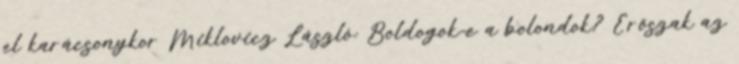
el karácsonykor Miklovicz László: Boldogok-e a bolondok? Erőszak az